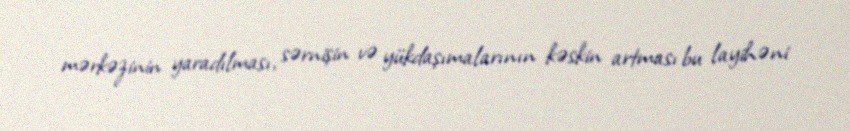
mərkəzinin yaradılması, sərnişin və yükdaşımalarının kəskin artması bu layihəni